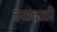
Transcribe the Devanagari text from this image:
चळ्वळी